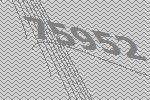
75952